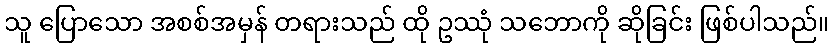
သူ ပြောသော အစစ်အမှန် တရားသည် ထို ဥဿုံ သဘောကို ဆိုခြင်း ဖြစ်ပါသည်။